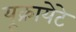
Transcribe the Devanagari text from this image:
यूक्रायेटे